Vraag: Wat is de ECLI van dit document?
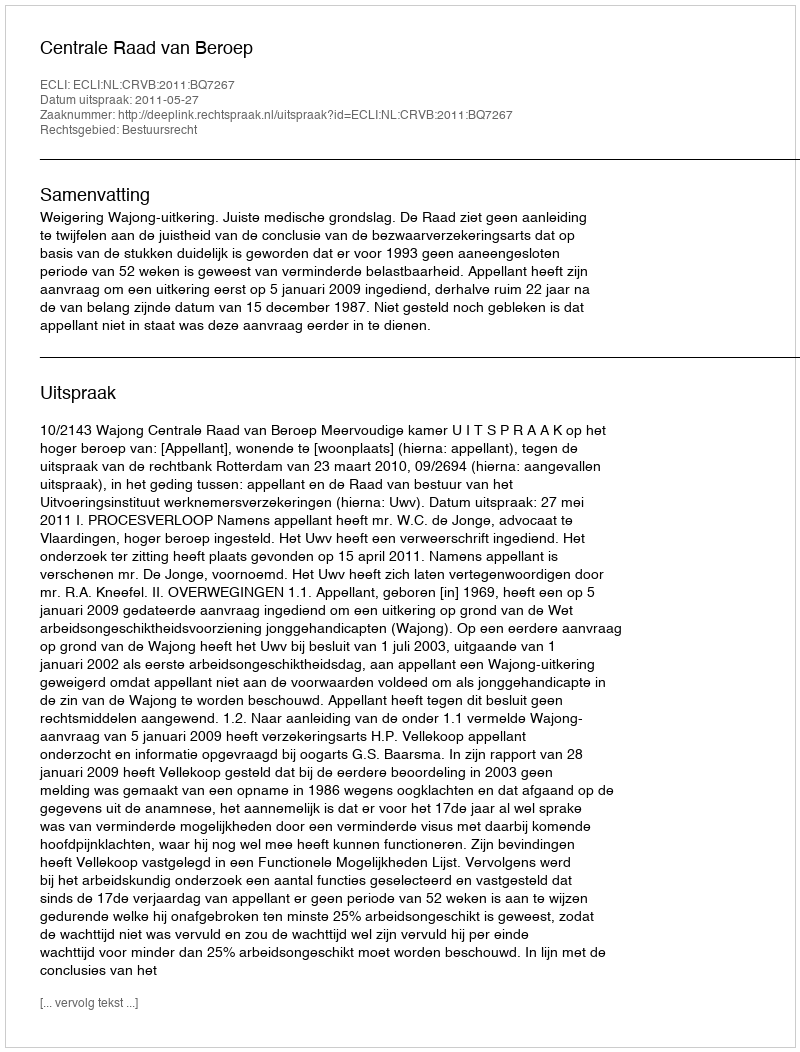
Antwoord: ECLI:NL:CRVB:2011:BQ7267